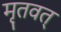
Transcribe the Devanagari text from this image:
मृतवत्‌